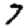
Digit: 7